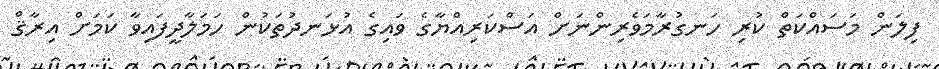
ފިލަން މަސައްކަތް ކުރި ހަނގުރާމަވެރިންނަށް އަސްކަރިއްޔާގެ ވައިގެ އުޅަނދުތަކުން ހަމަލާދީފައިވާ ކަމަށް އިރާޤް